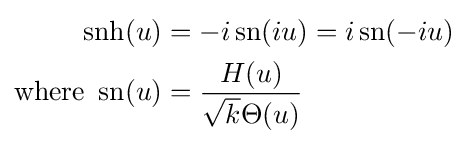
{\begin{aligned}\operatorname {snh} (u)&=-i\operatorname {sn} (iu)=i\operatorname {sn} (-iu)\\{\text{where }}\operatorname {sn} (u)&={\frac {H(u)}{{\sqrt {k}}\Theta (u)}}\end{aligned}}